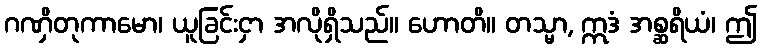
ဂဏှိတုကာမော၊ ယူခြင်းငှာ အလိုရှိသည်။ ဟောတိ။ တသ္မာ, ဣဒံ အစ္ဆရိယံ၊ ဤ